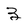
Character: 3